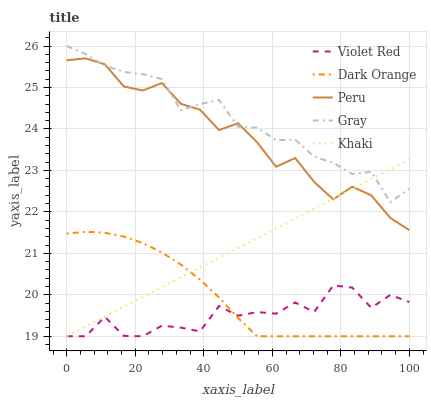
| xaxis_label | Violet Red | Dark Orange | Peru | Gray | Khaki |
 | --- | --- | --- | --- | --- | --- |
 | 0 | 19 | 21.5 | 25.7 | 26 | 19 |
 | 5.56 | 19 | 21.5 | 25.7 | 25.8 | 19.2 |
 | 11.1 | 19.5 | 21.5 | 25.6 | 25.5 | 19.5 |
 | 16.7 | 19 | 21.4 | 25 | 25.4 | 19.7 |
 | 22.2 | 19 | 21.2 | 24.9 | 25.3 | 19.9 |
 | 27.8 | 19.3 | 21 | 25.1 | 25.2 | 20.2 |
 | 33.3 | 19.2 | 20.7 | 24.6 | 24.4 | 20.4 |
 | 38.9 | 19.1 | 20.4 | 24.5 | 24.6 | 20.7 |
 | 44.4 | 19.7 | 19.9 | 24 | 24.7 | 20.9 |
 | 50 | 19.5 | 19.4 | 24.1 | 24.1 | 21.1 |
 | 55.6 | 19.6 | 19 | 23.7 | 24 | 21.4 |
 | 61.1 | 19.5 | 19 | 23.1 | 23.7 | 21.6 |
 | 66.7 | 19.8 | 19 | 23.3 | 23.7 | 21.8 |
 | 72.2 | 19.6 | 19 | 22.7 | 23.3 | 22.1 |
 | 77.8 | 20.2 | 19 | 22.3 | 23.2 | 22.3 |
 | 83.3 | 20.2 | 19 | 22.6 | 22.9 | 22.6 |
 | 88.9 | 19.7 | 19 | 22.4 | 23 | 22.8 |
 | 94.4 | 20 | 19 | 21.9 | 22.2 | 23 |
 | 100 | 19.8 | 19 | 21.6 | 22.6 | 23.3 |